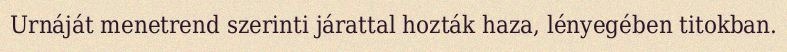
Urnáját menetrend szerinti járattal hozták haza, lényegében titokban.